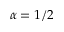
\alpha = 1 / 2